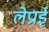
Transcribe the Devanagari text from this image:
लेप्राई